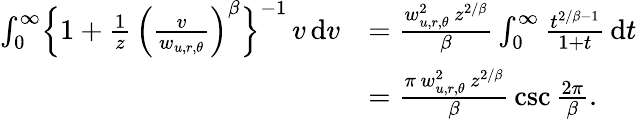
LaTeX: \begin{array}{rl}{\int_{0}^{\infty}\Bigl\{ 1+\frac{1}{z}\, \Bigl(\frac{v}{w_{u,r,\theta}}\Bigr)^{\beta}\Bigr\} ^{-1}\, v\, \mathrm{d}v}&{=\frac{w_{u,r,\theta}^{2}\, z^{2/\beta}}{\beta}\int_{0}^{\infty}\frac{t^{2/\beta-1}}{1+t}\, \mathrm{d}t}\\ &{=\frac{\pi\, w_{u,r,\theta}^{2}\, z^{2/\beta}}{\beta}\, \csc\frac{2\pi}{\beta}.}\end{array}